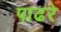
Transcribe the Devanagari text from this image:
पाढरे